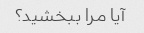
آیا مرا ببخشید؟